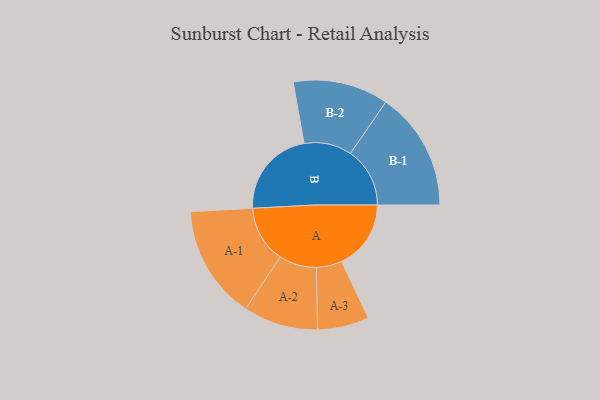
{"axis": {"x": "Segment", "y": "Value"}, "legend": ["", "A", "B"], "data": [{"x": "A", "y": 337, "type": ""}, {"x": "B", "y": 432, "type": ""}, {"x": "A-1", "y": 277, "type": "A"}, {"x": "A-2", "y": 182, "type": "A"}, {"x": "A-3", "y": 125, "type": "A"}, {"x": "B-1", "y": 289, "type": "B"}, {"x": "B-2", "y": 232, "type": "B"}]}